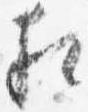
相